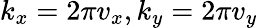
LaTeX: k_{x}=2\pi v_{x},k_{y}=2\pi v_{y}